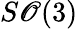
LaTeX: S\mathscr{O}(3)